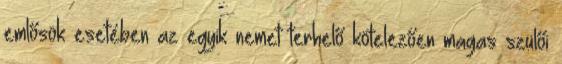
emlősök esetében az egyik nemet terhelő kötelezően magas szülői